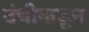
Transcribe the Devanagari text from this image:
उंचीकडून